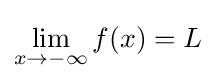
\lim _{x\to -\infty }{f(x)}=L